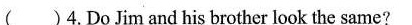
( )4.DoJim and his brother look the same?